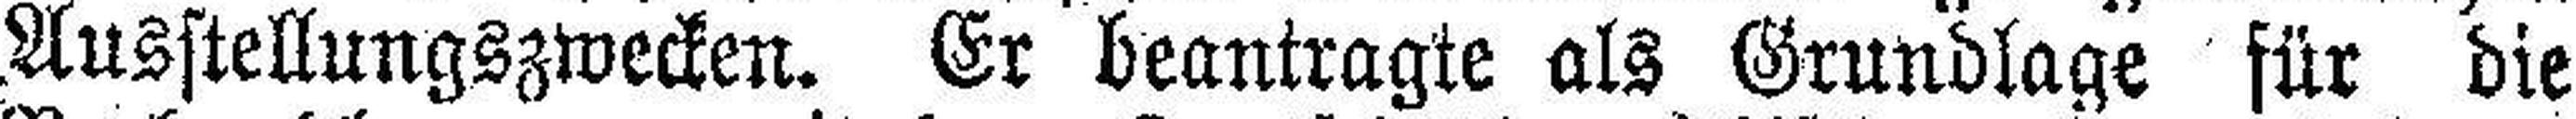
Ausstellungszwecken. Er beantragte als Grundlage für die